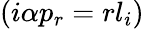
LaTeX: (i\alpha p_{r}=rl_{i})